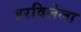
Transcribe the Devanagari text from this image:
हरविलेला